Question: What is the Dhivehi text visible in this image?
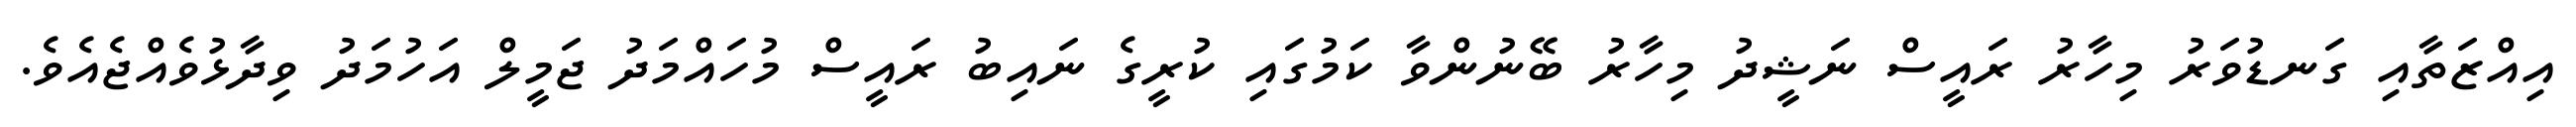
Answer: އިއްޒަތާއި ގަނޑުވަރު މިހާރު ރައީސް ނަޝީދު މިހާރު ބޭނުންވާ ކަމުގައި ކުރީގެ ނައިބު ރައީސް މުހައްމަދު ޖަމީލް އަހުމަދު ވިދާޅުވެއްޖެއެވެ.